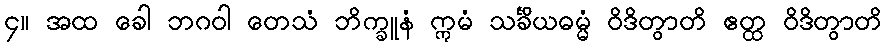
၄။ အထ ခေါ ဘဂဝါ တေသံ ဘိက္ခူနံ ဣမံ သင်္ခိယဓမ္မံ ဝိဒိတွာတိ ဧတ္ထ ဝိဒိတွာတိ